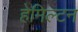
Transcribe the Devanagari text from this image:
हेमिल्‍टन